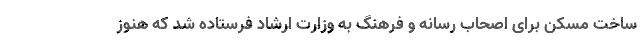
ساخت مسکن برای اصحاب رسانه و فرهنگ به وزارت ارشاد فرستاده شد که هنوز